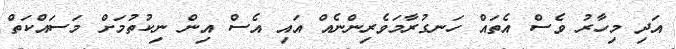
އަދި މިހާރު ވެސް އެތައް ހަނގުރާމަވެރިންނެއް އައި އެސް އިން ނިކުތުމަށް މަސައްކަތް